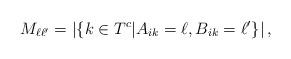
LaTeX: \begin{align*} M_{\ell \ell'} = \left|\left\{ k\in T^c | A_{ik}= \ell, B_{ik} = \ell'\right\} \right|, \end{align*}